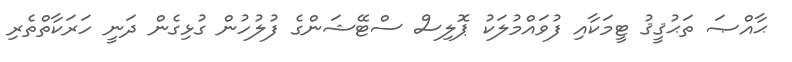
ޙާއްޞަ ތަޙުޤީޤު ޓީމަކާއި ފުވައްމުލަކު ޕޮލިސް ސްޓޭޝަންގެ ފުލުހުން ގުޅިގެން ދަނީ ހަރަކާތްތެރި